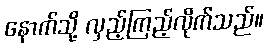
နောက်သို့ လှည့်ကြည့်လိုက်သည်။